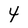
Character: 4